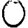
Digit: 0